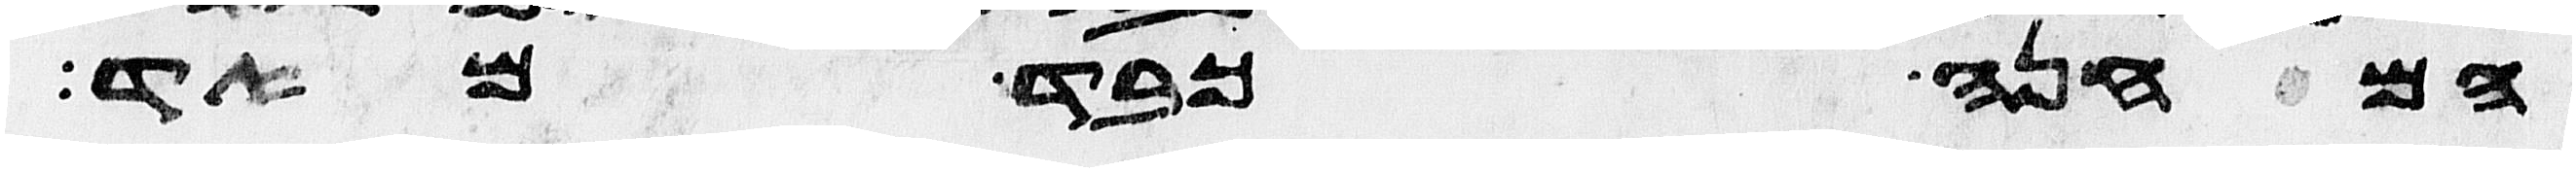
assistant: המחנה כבד מאד